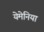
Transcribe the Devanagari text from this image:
येमेनिया